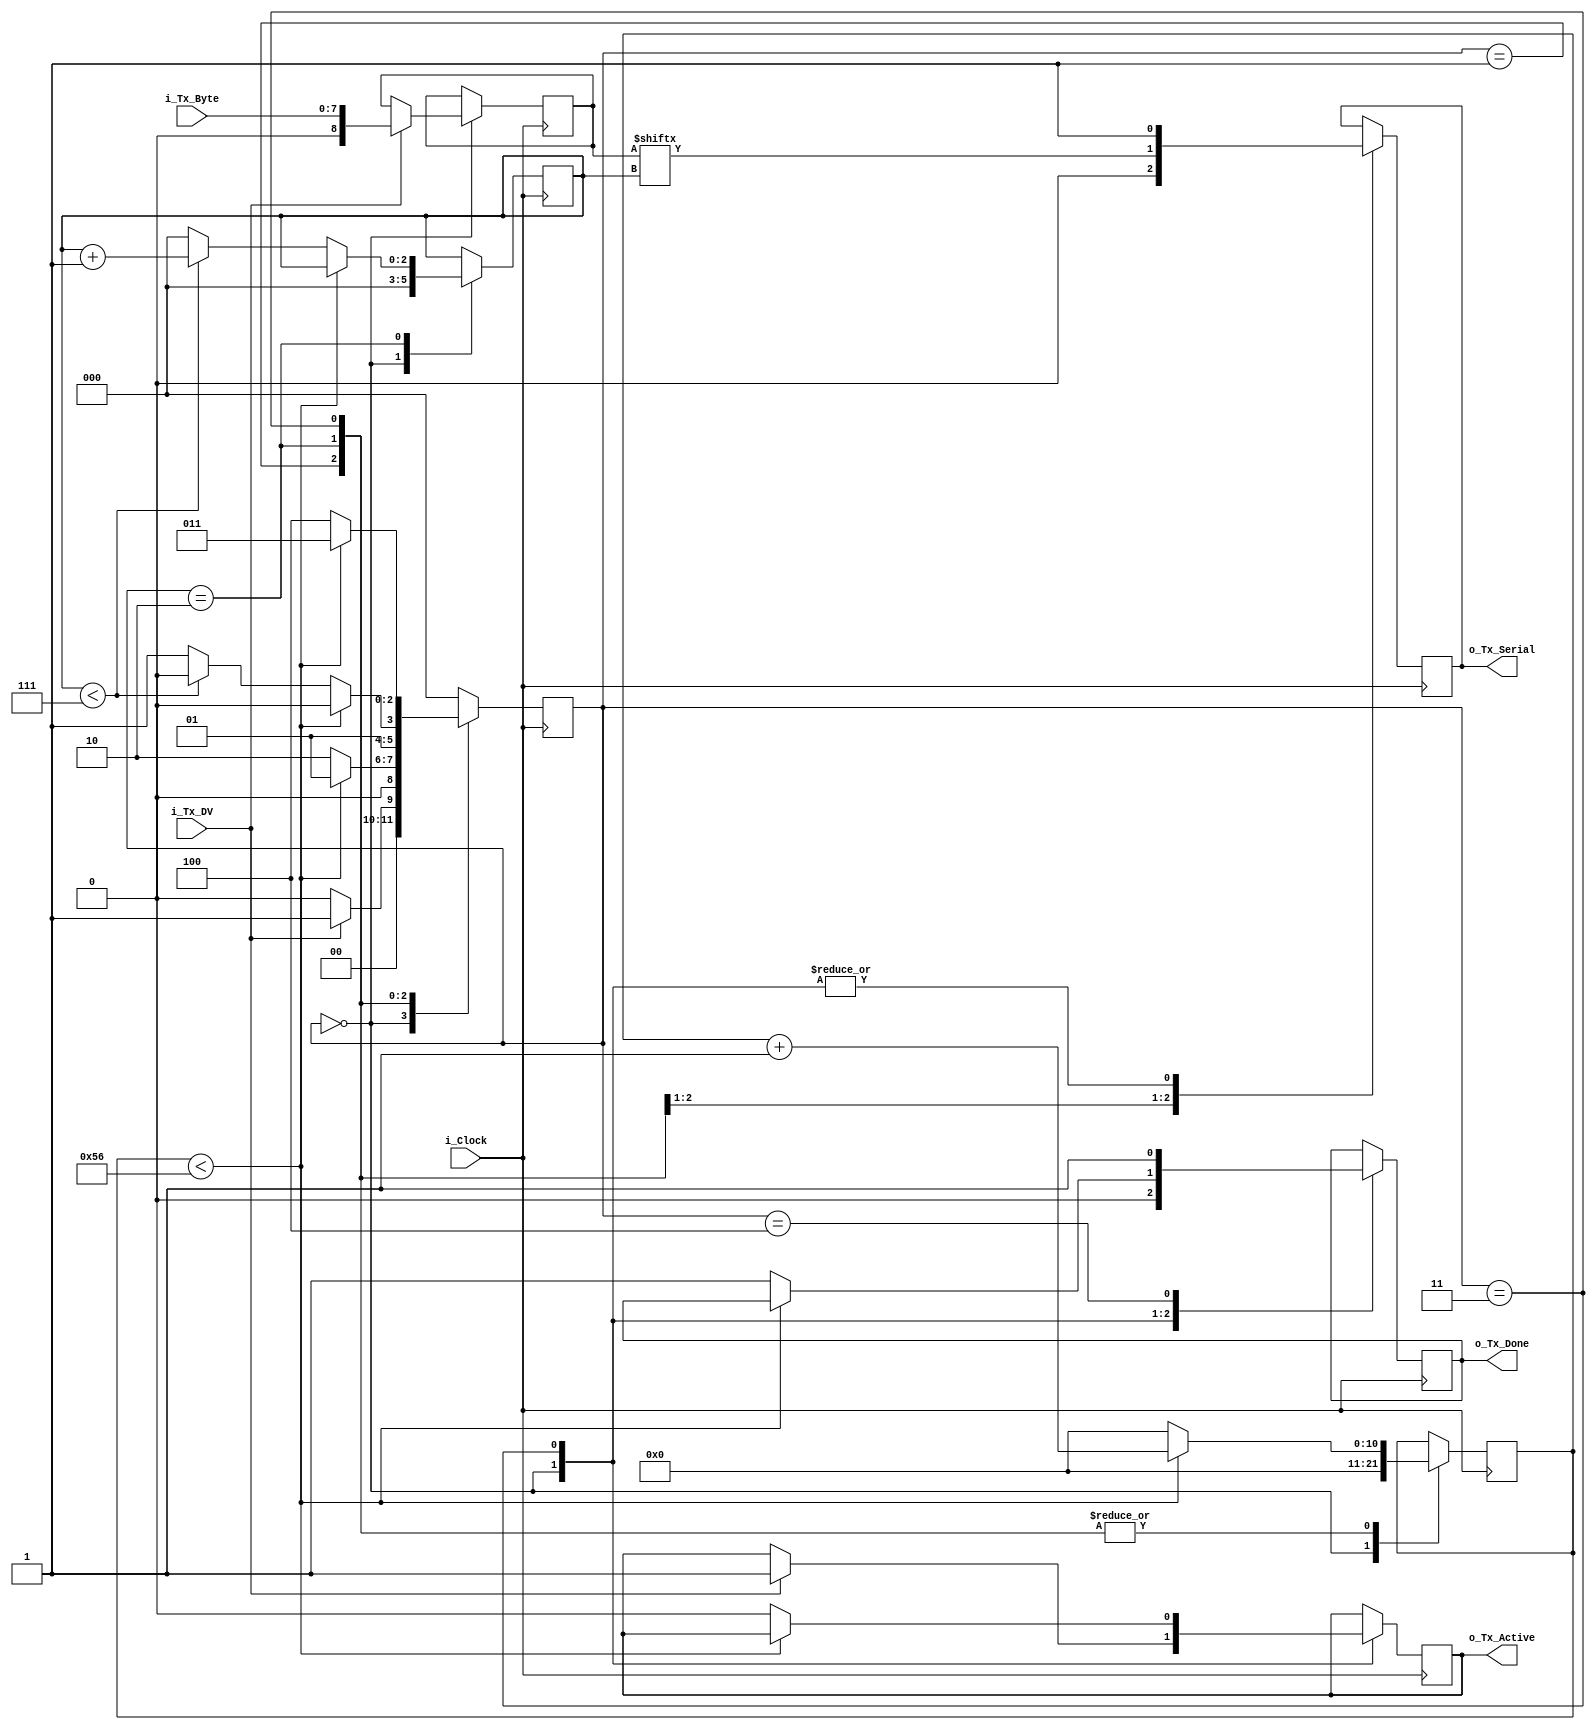
module uart_tx
    #(parameter CLKS_PER_BIT=87)
    (
    input                   i_Clock,
    input                   i_Tx_DV,
    input [7:0]             i_Tx_Byte, 
    output                  o_Tx_Active,
    output reg              o_Tx_Serial,
    output                  o_Tx_Done
    );
    parameter s_IDLE = 3'b000;
    parameter s_TX_START_BIT = 3'b001;
    parameter s_TX_DATA_BITS = 3'b010;
    parameter s_TX_STOP_BIT = 3'b011;
    parameter s_CLEANUP = 3'b100;
    reg [2:0] r_SM_Main = 0;
    reg [10:0] r_Clock_Count = 0;
    reg [2:0] r_Bit_Index = 0;
    reg [8:0] r_Tx_Data = 0;
    reg r_Tx_Done = 0;
    reg r_Tx_Active = 0;
        always @(posedge i_Clock)
    begin
    case (r_SM_Main)
    s_IDLE :
            begin
            o_Tx_Serial <= 1'b1; 
            r_Tx_Done <= 1'b0;
            r_Clock_Count <= 0;
            r_Bit_Index <= 0;
            if (i_Tx_DV == 1'b1)
            begin
            r_Tx_Active <= 1'b1;
            r_Tx_Data <= i_Tx_Byte;
            r_SM_Main <= s_TX_START_BIT;
            end
    else
            r_SM_Main <= s_IDLE;
    end 
    s_TX_START_BIT :
            begin
            o_Tx_Serial <= 1'b0;
            if (r_Clock_Count < CLKS_PER_BIT-1)
            begin
            r_Clock_Count <= r_Clock_Count + 1;
            r_SM_Main <= s_TX_START_BIT;
            end
    else
    begin
            r_Clock_Count <= 0;
            r_SM_Main <= s_TX_DATA_BITS;
            end
            end 
            
      s_TX_DATA_BITS :
            begin
            o_Tx_Serial <= r_Tx_Data[r_Bit_Index];
            if (r_Clock_Count < CLKS_PER_BIT-1)
            begin
            r_Clock_Count <= r_Clock_Count + 1;
            r_SM_Main <= s_TX_DATA_BITS;
            end
    else
            begin
            r_Clock_Count <= 0;
            if (r_Bit_Index < 7)
            begin
            r_Bit_Index <= r_Bit_Index + 1;
            r_SM_Main <= s_TX_DATA_BITS;
            end
    else
            begin
            r_Bit_Index <= 0;
            r_SM_Main <= s_TX_STOP_BIT;
            end
            end
            end 
      s_TX_STOP_BIT :
            begin
            o_Tx_Serial <= 1'b1;
            if (r_Clock_Count < CLKS_PER_BIT-1)
            begin
            r_Clock_Count <= r_Clock_Count + 1;
            r_SM_Main <= s_TX_STOP_BIT;
            end
    else
            begin
            r_Tx_Done <= 1'b1;
            r_Clock_Count <= 0;
            r_SM_Main <= s_CLEANUP;
            r_Tx_Active <= 1'b0;
            end
            end 
    s_CLEANUP :
            begin
            r_Tx_Done <= 1'b1;
            r_SM_Main <= s_IDLE;
            end
    default :
            r_SM_Main <= s_IDLE;
    endcase
    end
        assign o_Tx_Active = r_Tx_Active;
        assign o_Tx_Done = r_Tx_Done;
    endmodule